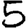
Digit: 5